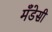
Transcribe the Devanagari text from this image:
मँडेसी